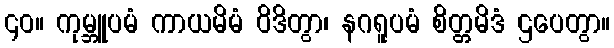
၄၀။ ကုမ္ဘူပမံ ကာယမိမံ ဝိဒိတွာ၊ နဂရူပမံ စိတ္တမိဒံ ဌပေတွာ။